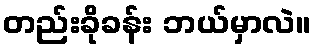
တည်းခိုခန်း ဘယ်မှာလဲ။